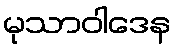
မုသာဝါဒေန